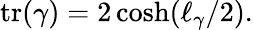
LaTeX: \operatorname{tr}(\gamma)=2\cosh(\ell_{\gamma}/2).